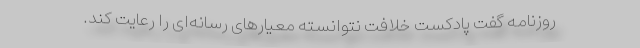
روزنامه گفت پادکست خلافت نتوانسته معیارهای رسانه‌ای را رعایت کند.